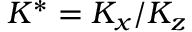
K ^ { * } = K _ { x } / K _ { z }